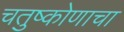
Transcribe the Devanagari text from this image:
चतुष्कोणाचा